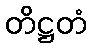
တိဋ္ဌတံ